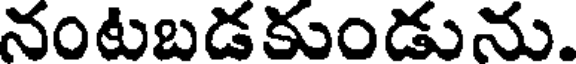
నంటబడకుండును.